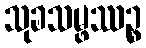
သုခသမ္ဖဿဉ္စ